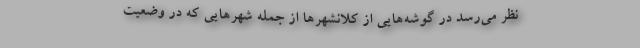
نظر می‌رسد در گوشه‌هایی از کلانشهر‌ها از جمله شهر‌هایی که در وضعیت